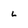
Character: L